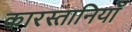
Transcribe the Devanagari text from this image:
कारस्तानियॉ